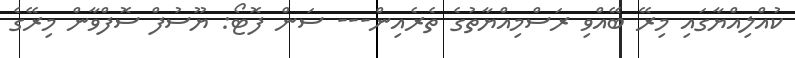
ކުއްލިއްޔާގައި މިރޭ ބޭއްވި ރަސްމިއްޔާތުގެ ތެރެއިން--- ސަން ފޮޓޯ: ޔޫސުފް ސޮފްވާން މިރޭގެ